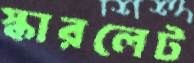
স্কারলেট